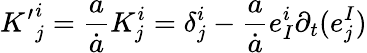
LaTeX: {K^{\prime}}_{j}^{i}={\frac{a}{\dot{a}}}K_{j}^{i}=\delta_{j}^{i}-{\frac{a}{\dot{a}}}e_{I}^{i}\partial_{t}(e_{j}^{I})